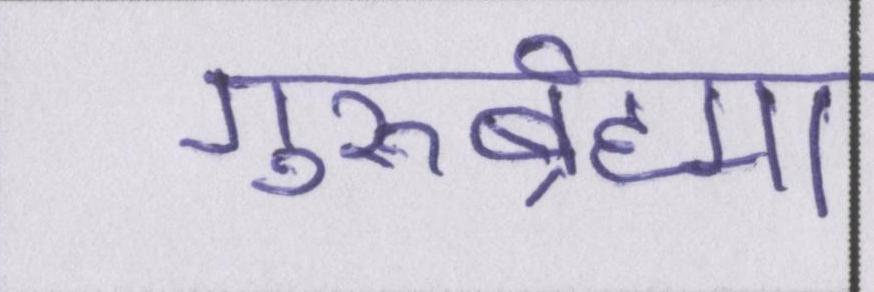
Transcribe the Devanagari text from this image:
गुरुर्ब्रह्मा